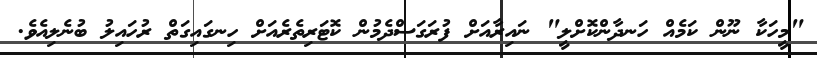
"މީހަކާ ނޫން ކަމެއް ހަނދާންކޮށްލީ" ނައިރާއަށް ފުރަގަސްދެމުން ކޮޓަރިތެރެއަށް ހިނގައިގަތް ރުހައިލު ބުނެލިއެވެ.